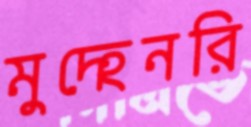
মুদ্হেনরি